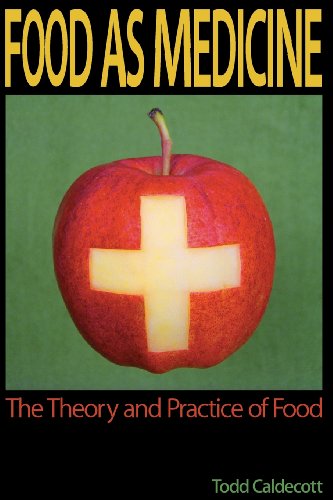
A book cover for Food as Medicine: The Theory and Practice of Food; Todd Caldecott; Health, Fitness & Dieting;